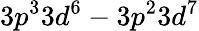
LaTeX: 3p^{3}3d^{6}-3p^{2}3d^{7}